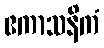
ဧကာသနိကံ